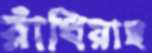
রাঁধিয়াছ